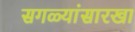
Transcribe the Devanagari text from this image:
सगळ्यांसारखा